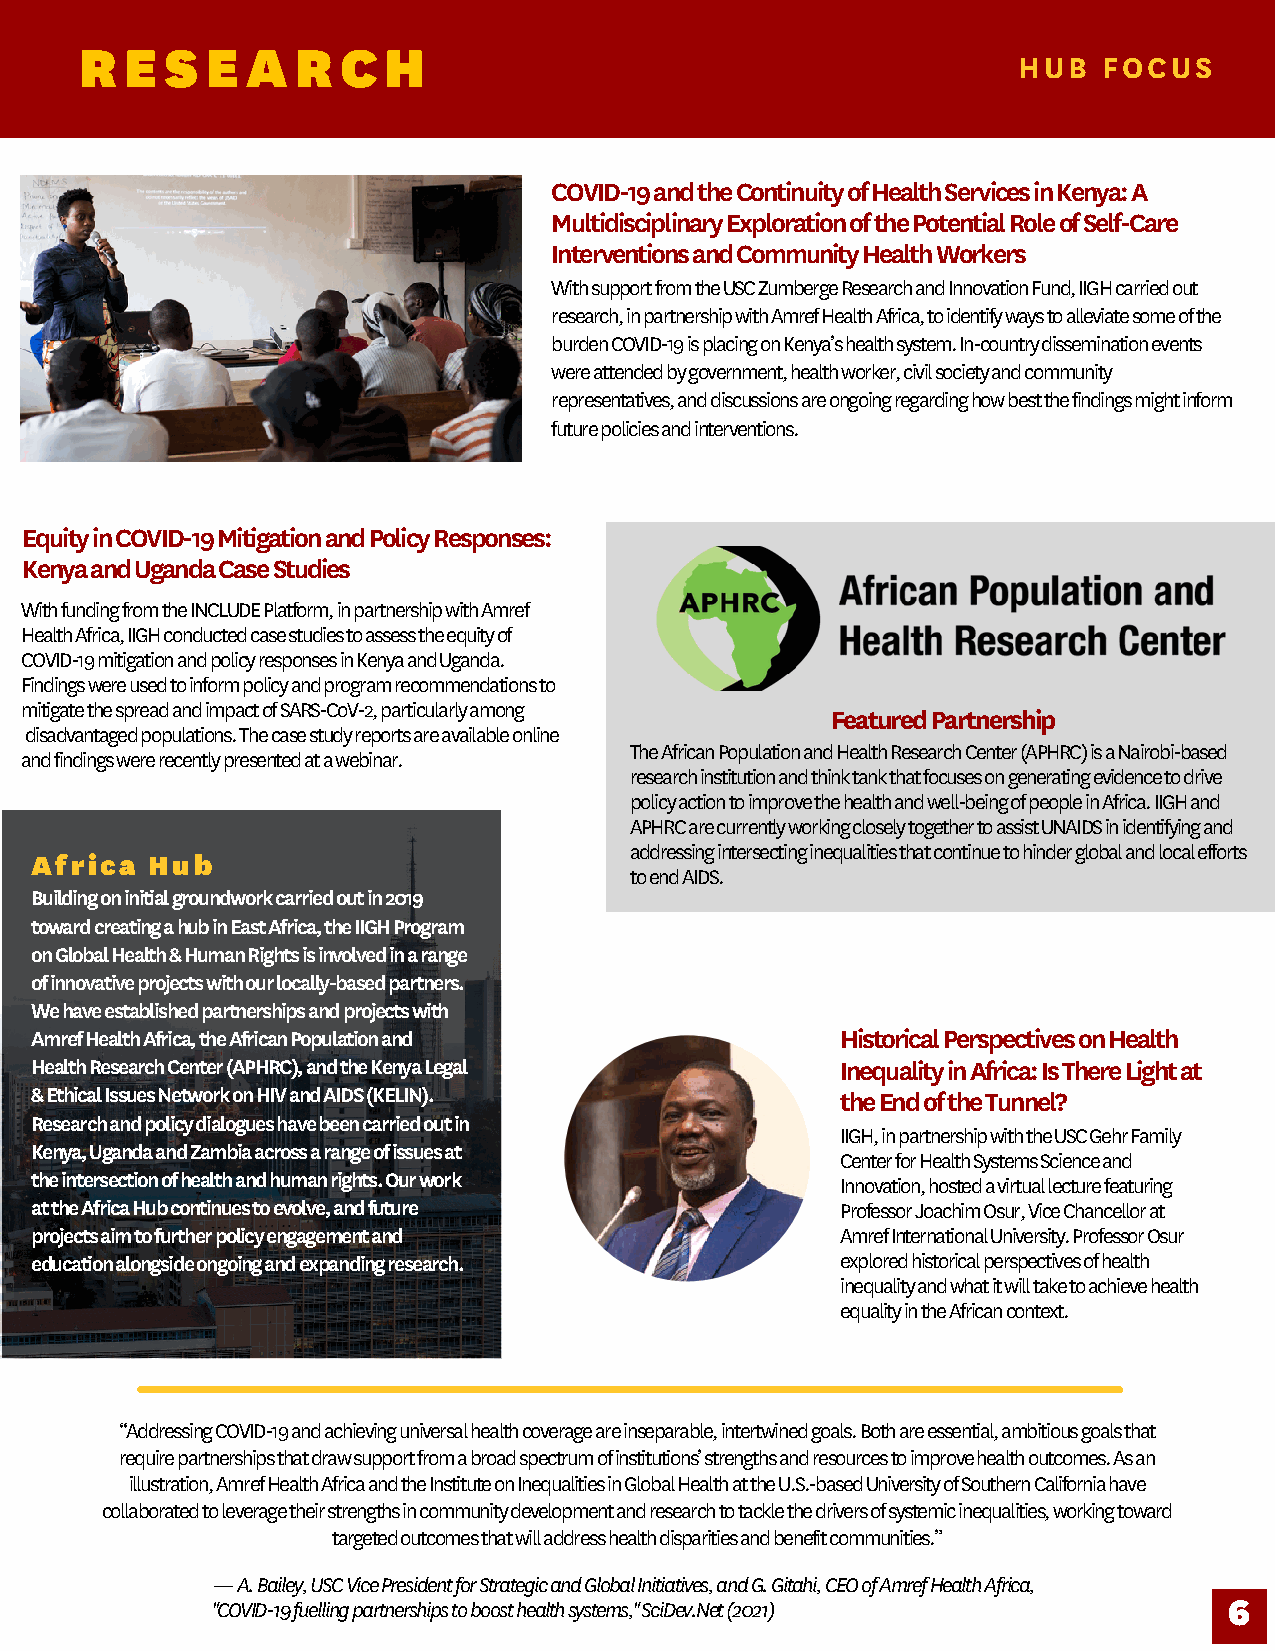
R  E  S  E A   R  C H
 HUB   FOCUS
 COVID-19 and the Continuity of Health Services in Kenya: A
 Multidisciplinary Exploration of the Potential Role of Self-Care
 Interventions and Community Health Workers
 With support from the USC Zumberge Research and Innovation Fund, IIGH carried out
 research, in partnership with Amref Health Africa, to identify ways to alleviate some of the
 burden COVID-19 is placing on Kenya’s health system. In-country dissemination events
 were attended by government, health worker, civil society and community
 representatives, and discussions are ongoing regarding how best the findings might inform
 future policies and interventions.
 Equity in COVID-19 Mitigation and Policy Responses:
 Kenya and Uganda Case Studies
 With funding from the INCLUDE Platform, in partnership with Amref
 Health Africa, IIGH conducted case studies to assess the equity of
 COVID-19 mitigation and policy responses in Kenya and Uganda.
 Findings were used to inform policy and program recommendations to
 mitigate the spread and impact of SARS-CoV-2, particularly among
 Featured Partnership
 disadvantaged populations. The case study reports are available online
 The African Population and Health Research Center (APHRC) is a Nairobi-based
 and findings were recently presented at a webinar.
 research institution and think tank that focuses on generating evidence to drive
 policy action to improve the health and well-being of people in Africa. IIGH and
 APHRC are currently working closely together to assist UNAIDS in identifying and
 addressing intersecting inequalities that continue to hinder global and local efforts
 Africa  Hub
 to end AIDS.
 Building on initial groundwork carried out in 2019
 toward creating a hub in East Africa, the IIGH Program
 on Global Health & Human Rights is involved in a range
 of innovative projects with our locally-based partners.
 We have established partnerships and projects with
 Amref Health Africa, the African Population and       Historical Perspectives on Health
 Health Research Center (APHRC), and the Kenya Legal   Inequality in Africa: Is There Light at
 & Ethical Issues Network on HIV and AIDS (KELIN).     the End of the Tunnel?
 Research and policy dialogues have been carried out in
 IIGH, in partnership with the USC Gehr Family
 Kenya, Uganda and Zambia across a range of issues at
 Center for Health Systems Science and
 the intersection of health and human rights. Our work Innovation, hosted a virtual lecture featuring
 at the Africa Hub continues to evolve, and future     Professor Joachim Osur, Vice Chancellor at
 projects aim to further policy engagement and         Amref International University. Professor Osur
 education alongside ongoing and expanding research.   explored historical perspectives of health
 inequality and what it will take to achieve health
 equality in the African context.
 “Addressing COVID-19 and achieving universal health coverage are inseparable, intertwined goals. Both are essential, ambitious goals that
 require partnerships that draw support from a broad spectrum of institutions’ strengths and resources to improve health outcomes. As an
 illustration, Amref Health Africa and the Institute on Inequalities in Global Health at the U.S.-based University of Southern California have
 collaborated to leverage their strengths in community development and research to tackle the drivers of systemic inequalities, working toward
 targeted outcomes that will address health disparities and benefit communities.”
 — A. Bailey, USC Vice President for Strategic and Global Initiatives, and G. Gitahi, CEO of Amref Health Africa,
 "COVID-19 fuelling partnerships to boost health systems," SciDev.Net (2021) 6